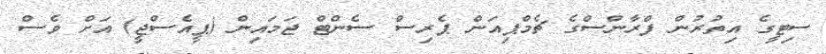
ސިޓީގެ އިތުރުން ފްރާންސްގެ ޗެމްޕިއަން ޕެރިސް ސެންޓް ޖަމައިން (ޕީއެސްޖީ) އަށް ވެސް